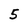
Character: 5